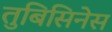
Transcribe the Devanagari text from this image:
तुबिसिनेस